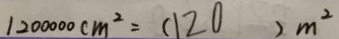
1 2 0 0 0 0 0 c m ^ { 2 } = ( 1 2 0 ) m ^ { 2 }